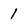
Character: 1